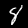
Label: 8